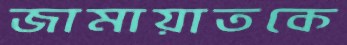
জামায়াতকে